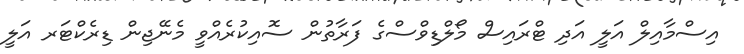
އިސްމާއިލް އަލީ އަދި ޓްރައިސް މޯލްޑިވްސްގެ ފަރާތުން ސޮއިކުރެއްވީ މެނޭޖިން ޑިރެކްޓަރ އަލީ